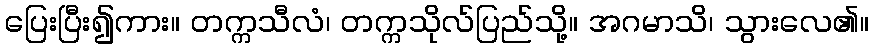
ပြေးပြီး၍ကား။ တက္ကသီလံ၊ တက္ကသိုလ်ပြည်သို့။ အဂမာသိ၊ သွားလေ၏။